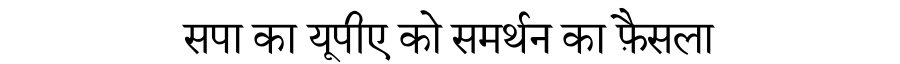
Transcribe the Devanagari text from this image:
सपा का यूपीए को समर्थन का फ़ैसला